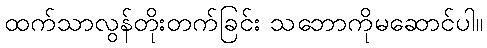
ထက်သာလွန်တိုးတက်ခြင်း သဘောကိုမဆောင်ပါ။